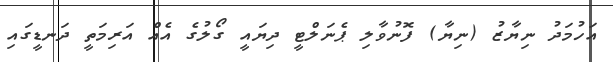
އަހުމަދު ނިޔާޒު (ނިޔާ) ފޮނުވާލި ޕެނަލްޓީ ދިޔައީ ގޯލުގެ އެއް އަރިމަތީ ދަނޑީގައި